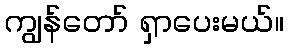
ကျွန်တော် ရှာပေးမယ်။